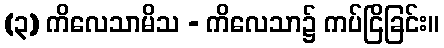
(၃) ကိလေသာမိသ - ကိလေသာ၌ ကပ်ငြိခြင်း။